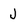
Character: J